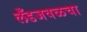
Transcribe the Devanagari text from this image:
लँडजवळचा